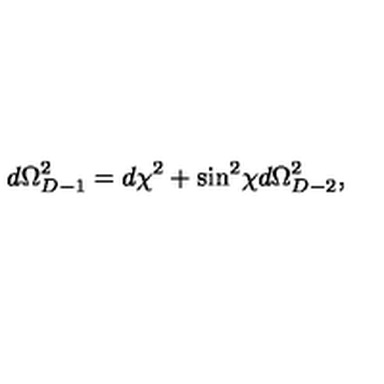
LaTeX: d \Omega _ { D - 1 } ^ { 2 } = d \chi ^ { 2 } + \sin ^ { 2 } \! \chi d \Omega _ { D - 2 } ^ { 2 } ,